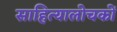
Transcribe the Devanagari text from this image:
साहित्यालोचकों